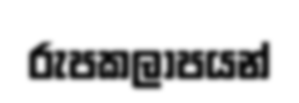
රුපකලාපයන්